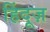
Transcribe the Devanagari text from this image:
हिंदूज़